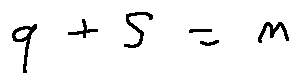
q + s = n